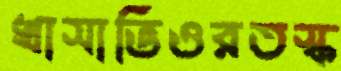
খাসাভিওরতস্ক